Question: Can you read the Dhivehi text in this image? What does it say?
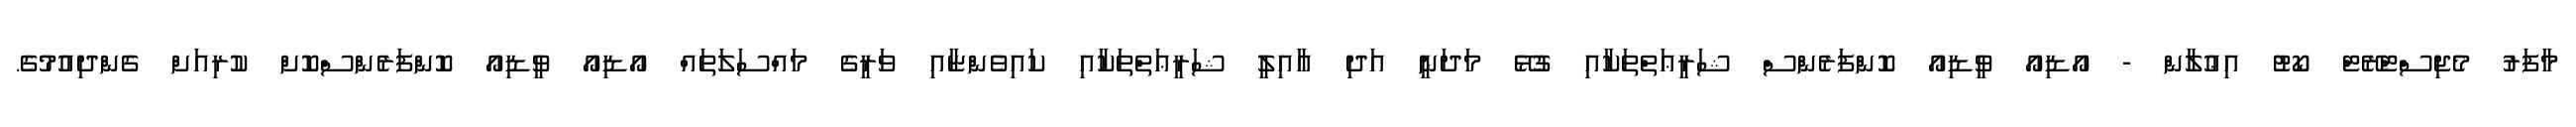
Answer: މާފަރު މެޖިސްޓްރޭޓް ކޯޓު އިޢުލާން - އޯޑިއޯ ވީޑިއޯ ކޮންފަރެންސް ޝަރީޢަތްތަކާއި ގުޅޭ މަދަނީ އަދި ޢާއިލީ ޝަރީޢަތްތަކާއި ކައިވެންޏާއި ވަރީގެ މައްސަލަތައް އޯޑިއޯ ވީޑިއޯ ކޮންފަރެންސްކޮށް ކުރިއަށް ގެންދިއުމުގެ.